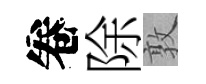
卷除敦